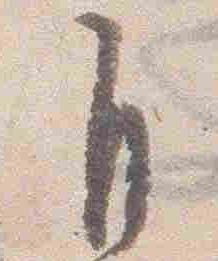
自